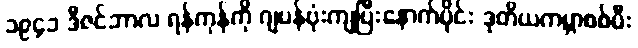
၁၉၄၁ ဒီဇင်ဘာလ ရန်ကုန်ကို ဂျပန်ဗုံးကျပြီးနောက်ပိုင်း ဒုတိယကမ္ဘာစစ်မီး